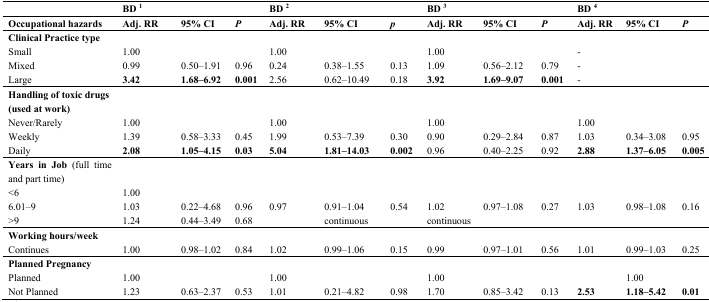
<table><thead><tr><td></td><td><b>BD <sup>1</sup></b></td><td></td><td></td><td><b>BD <sup>2</sup></b></td><td></td><td></td><td><b>BD <sup>3</sup></b></td><td></td><td></td><td><b>BD <sup>4</sup></b></td><td></td><td></td></tr></thead><tbody><tr><td><b>Occupational hazards</b></td><td><b>Adj. RR</b></td><td><b>95% CI</b></td><td><b><i>P</i></b></td><td><b>Adj. RR</b></td><td><b>95% CI</b></td><td><b><i>p</i></b></td><td><b>Adj. RR</b></td><td><b>95% CI</b></td><td><b><i>P</i></b></td><td><b>Adj. RR</b></td><td><b>95% CI</b></td><td><b><i>P</i></b></td></tr><tr><td><b>Clinical Practice type</b></td><td></td><td></td><td></td><td></td><td></td><td></td><td></td><td></td><td></td><td></td><td></td><td></td></tr><tr><td>Small</td><td>1.00</td><td></td><td></td><td>1.00</td><td></td><td></td><td>1.00</td><td></td><td></td><td>-</td><td></td><td></td></tr><tr><td>Mixed</td><td>0.99</td><td>0.50–1.91</td><td>0.96</td><td>0.24</td><td>0.38–1.55</td><td>0.13</td><td>1.09</td><td>0.56–2.12</td><td>0.79</td><td>-</td><td></td><td></td></tr><tr><td>Large</td><td><b>3.42</b></td><td><b>1.68–6.92</b></td><td><b>0.001</b></td><td>2.56</td><td>0.62–10.49</td><td>0.18</td><td><b>3.92</b></td><td><b>1.69–9.07</b></td><td><b>0.001</b></td><td>-</td><td></td><td></td></tr><tr><td><b>Handling of toxic drugs</b></td><td></td><td></td><td></td><td></td><td></td><td></td><td></td><td></td><td></td><td></td><td></td><td></td></tr><tr><td><b>(used at work)</b></td><td></td><td></td><td></td><td></td><td></td><td></td><td></td><td></td><td></td><td></td><td></td><td></td></tr><tr><td>Never/Rarely</td><td>1.00</td><td></td><td></td><td>1.00</td><td></td><td></td><td>1.00</td><td></td><td></td><td>1.00</td><td></td><td></td></tr><tr><td>Weekly</td><td>1.39</td><td>0.58–3.33</td><td>0.45</td><td>1.99</td><td>0.53–7.39</td><td>0.30</td><td>0.90</td><td>0.29–2.84</td><td>0.87</td><td>1.03</td><td>0.34–3.08</td><td>0.95</td></tr><tr><td>Daily</td><td><b>2.08</b></td><td><b>1.05–4.15</b></td><td><b>0.03</b></td><td><b>5.04</b></td><td><b>1.81–14.03</b></td><td><b>0.002</b></td><td>0.96</td><td>0.40–2.25</td><td>0.92</td><td><b>2.88</b></td><td><b>1.37–6.05</b></td><td><b>0.005</b></td></tr><tr><td><b>Years in Job</b> (full time and part time)</td><td></td><td></td><td></td><td></td><td></td><td></td><td></td><td></td><td></td><td></td><td></td><td></td></tr><tr><td>&lt;6</td><td>1.00</td><td></td><td></td><td></td><td></td><td></td><td></td><td></td><td></td><td></td><td></td><td></td></tr><tr><td>6.01–9</td><td>1.03</td><td>0.22–4.68</td><td>0.96</td><td>0.97</td><td>0.91–1.04</td><td>0.54</td><td>1.02</td><td>0.97–1.08</td><td>0.27</td><td>1.03</td><td>0.98–1.08</td><td>0.16</td></tr><tr><td>&gt;9</td><td>1.24</td><td>0.44–3.49</td><td>0.68</td><td></td><td>continuous</td><td></td><td>continuous</td><td></td><td></td><td></td><td></td><td></td></tr><tr><td><b>Working hours/week</b></td><td></td><td></td><td></td><td></td><td></td><td></td><td></td><td></td><td></td><td></td><td></td><td></td></tr><tr><td>Continues</td><td>1.00</td><td>0.98–1.02</td><td>0.84</td><td>1.02</td><td>0.99–1.06</td><td>0.15</td><td>0.99</td><td>0.97–1.01</td><td>0.56</td><td>1.01</td><td>0.99–1.03</td><td>0.25</td></tr><tr><td><b>Planned Pregnancy</b></td><td></td><td></td><td></td><td></td><td></td><td></td><td></td><td></td><td></td><td></td><td></td><td></td></tr><tr><td>Planned</td><td>1.00</td><td></td><td></td><td>1.00</td><td></td><td></td><td>1.00</td><td></td><td></td><td></td><td>1.00</td><td></td></tr><tr><td>Not Planned</td><td>1.23</td><td>0.63–2.37</td><td>0.53</td><td>1.01</td><td>0.21–4.82</td><td>0.98</td><td>1.70</td><td>0.85–3.42</td><td>0.13</td><td><b>2.53</b></td><td><b>1.18–5.42</b></td><td><b>0.01</b></td></tr></tbody></table>